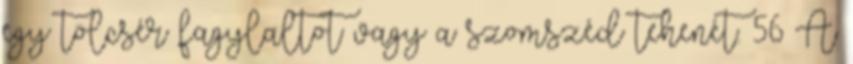
egy tölcsér fagylaltot vagy a szomszéd tehenét. 56 A